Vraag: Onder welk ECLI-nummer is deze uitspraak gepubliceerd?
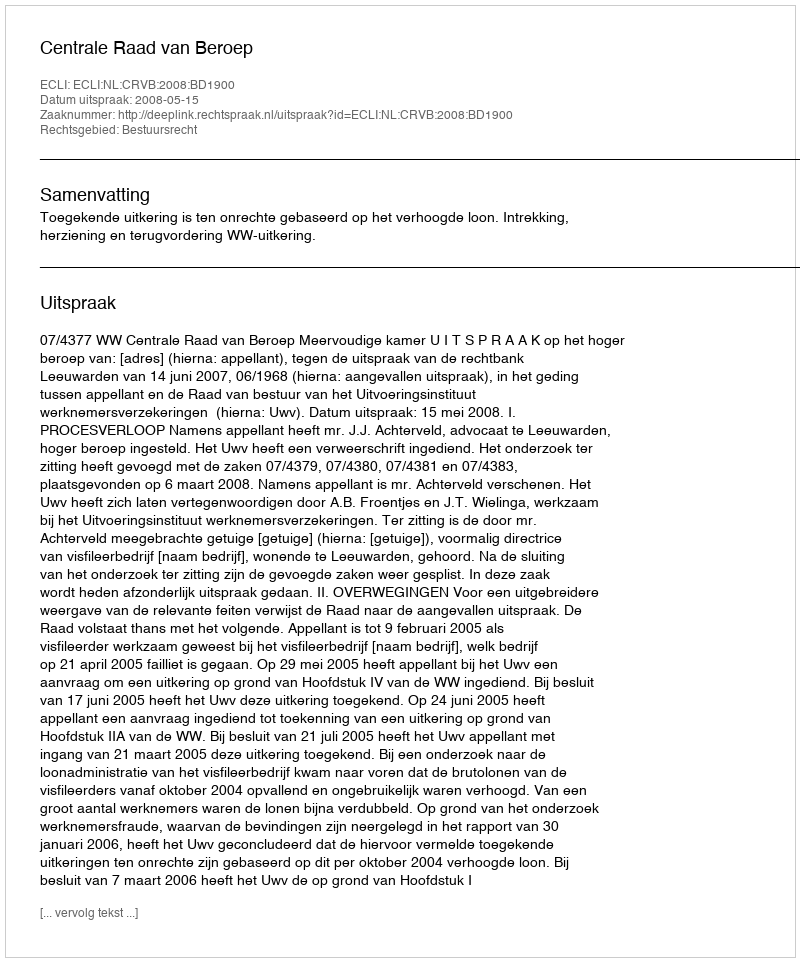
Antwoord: ECLI:NL:CRVB:2008:BD1900